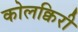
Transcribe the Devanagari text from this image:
कोलक्विरी